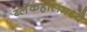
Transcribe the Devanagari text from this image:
ब्लॅकहोलमध्ये